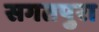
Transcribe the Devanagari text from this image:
सगतपुरा